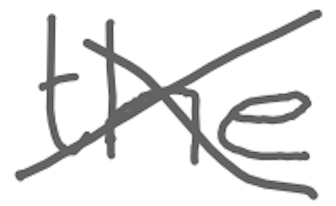
Text: the
Cross-out: cross
Writing tool: digital_gray